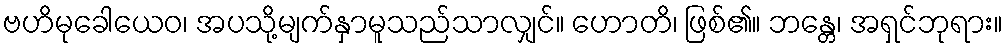
ဗဟိမုခေါယေဝ၊ အပသို့မျက်နှာမူသည်သာလျှင်။ ဟောတိ၊ ဖြစ်၏။ ဘန္တေ၊ အရှင်ဘုရား။